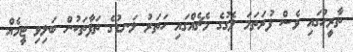
ތާރީހުގައި ވެސް ފުރަތަމަ ލެގުގެ މެޗެއްގައި ހަތަރު ލަނޑުގެ ތަފާތަކުން ބަލިވި ޓީމެއް